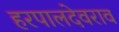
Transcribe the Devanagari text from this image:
हरपालदेवराव